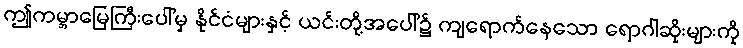
ဤကမ္ဘာမြေကြီးပေါ်မှ နိုင်ငံများနှင့် ယင်းတို့အပေါ်၌ ကျရောက်နေသော ရောဂါဆိုးများကို